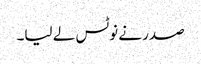
صدر نے نوٹس لے لیا۔